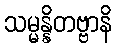
သမ္မန္နိတဗ္ဗာနိ